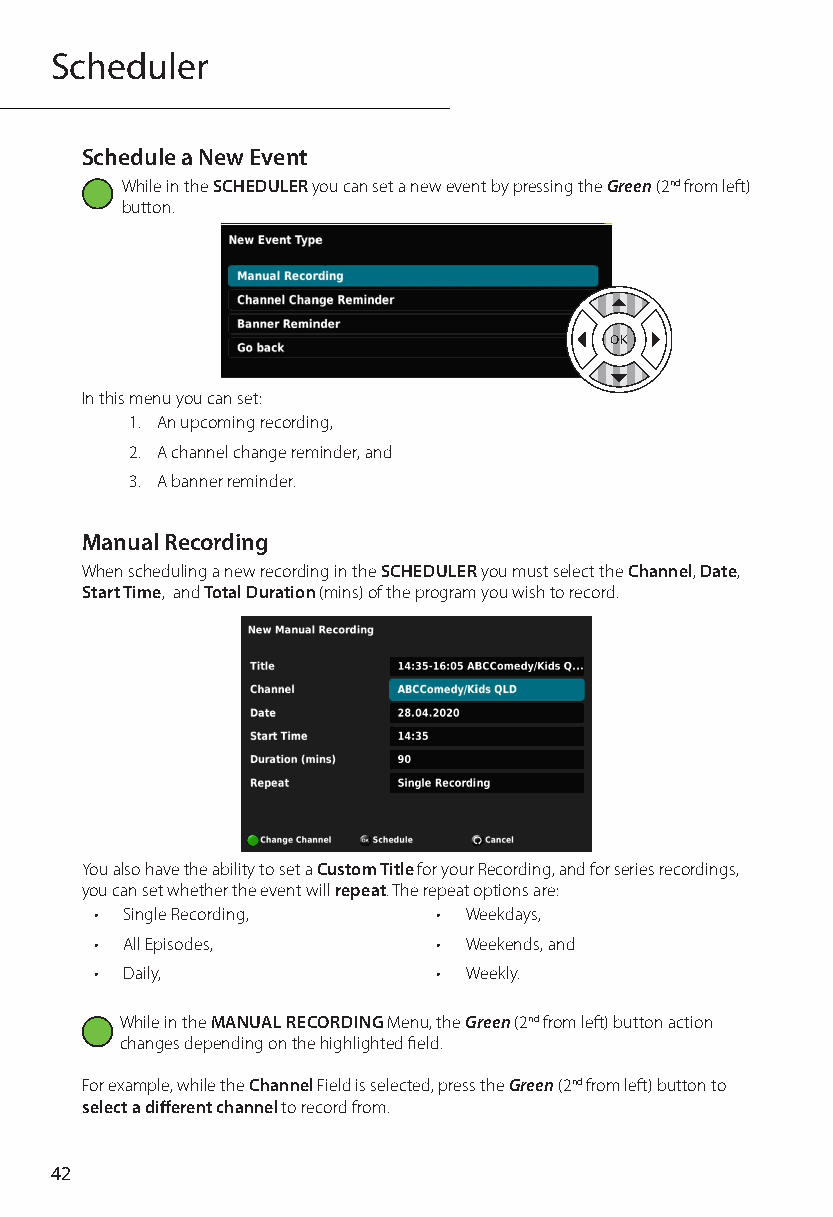
Scheduler
 Schedule a New Event
 While in the SCHEDULER you can set a new event by pressing the Green (2nd from left)
 button.
 In this menu you can set:
 1. An upcoming recording,
 2. A channel change reminder, and
 3. A banner reminder.
 Manual Recording
 When scheduling a new recording in the SCHEDULER you must select the Channel, Date,
 Start Time, and Total Duration (mins) of the program you wish to record.
 You also have the ability to set a Custom Title for your Recording, and for series recordings,
 you can set whether the event will repeat. The repeat options are:
 • Single Recording,    • Weekdays,
 • All Episodes,        • Weekends, and
 • Daily,               • Weekly.
 While in the MANUAL RECORDING Menu, the Green (2nd from left) button action
 changes depending on the highlighted field.
 For example, while the Channel Field is selected, press the Green (2nd from left) button to
 select a different channel to record from.
 42